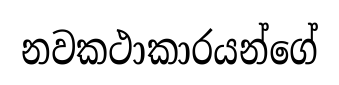
නවකථාකාරයන්ගේ